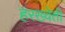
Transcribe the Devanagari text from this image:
हरख्वेती